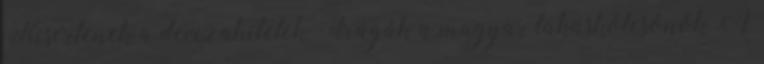
Kísértenek a devizahitelek - drágák a magyar lakáskölcsönök A